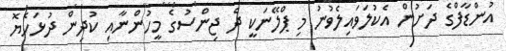
އުންޑާފްގެ ދަށުން އެކުލަވައިލެވުނު މި ޕްލޭނަކީ ދެ ޖިންސުގެ މީހުންނާއި ކުދިން ދުޅަހެޔޮ